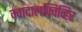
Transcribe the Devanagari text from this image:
ग्वादालक्विव्हिर